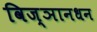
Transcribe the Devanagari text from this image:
विज्ञानधन